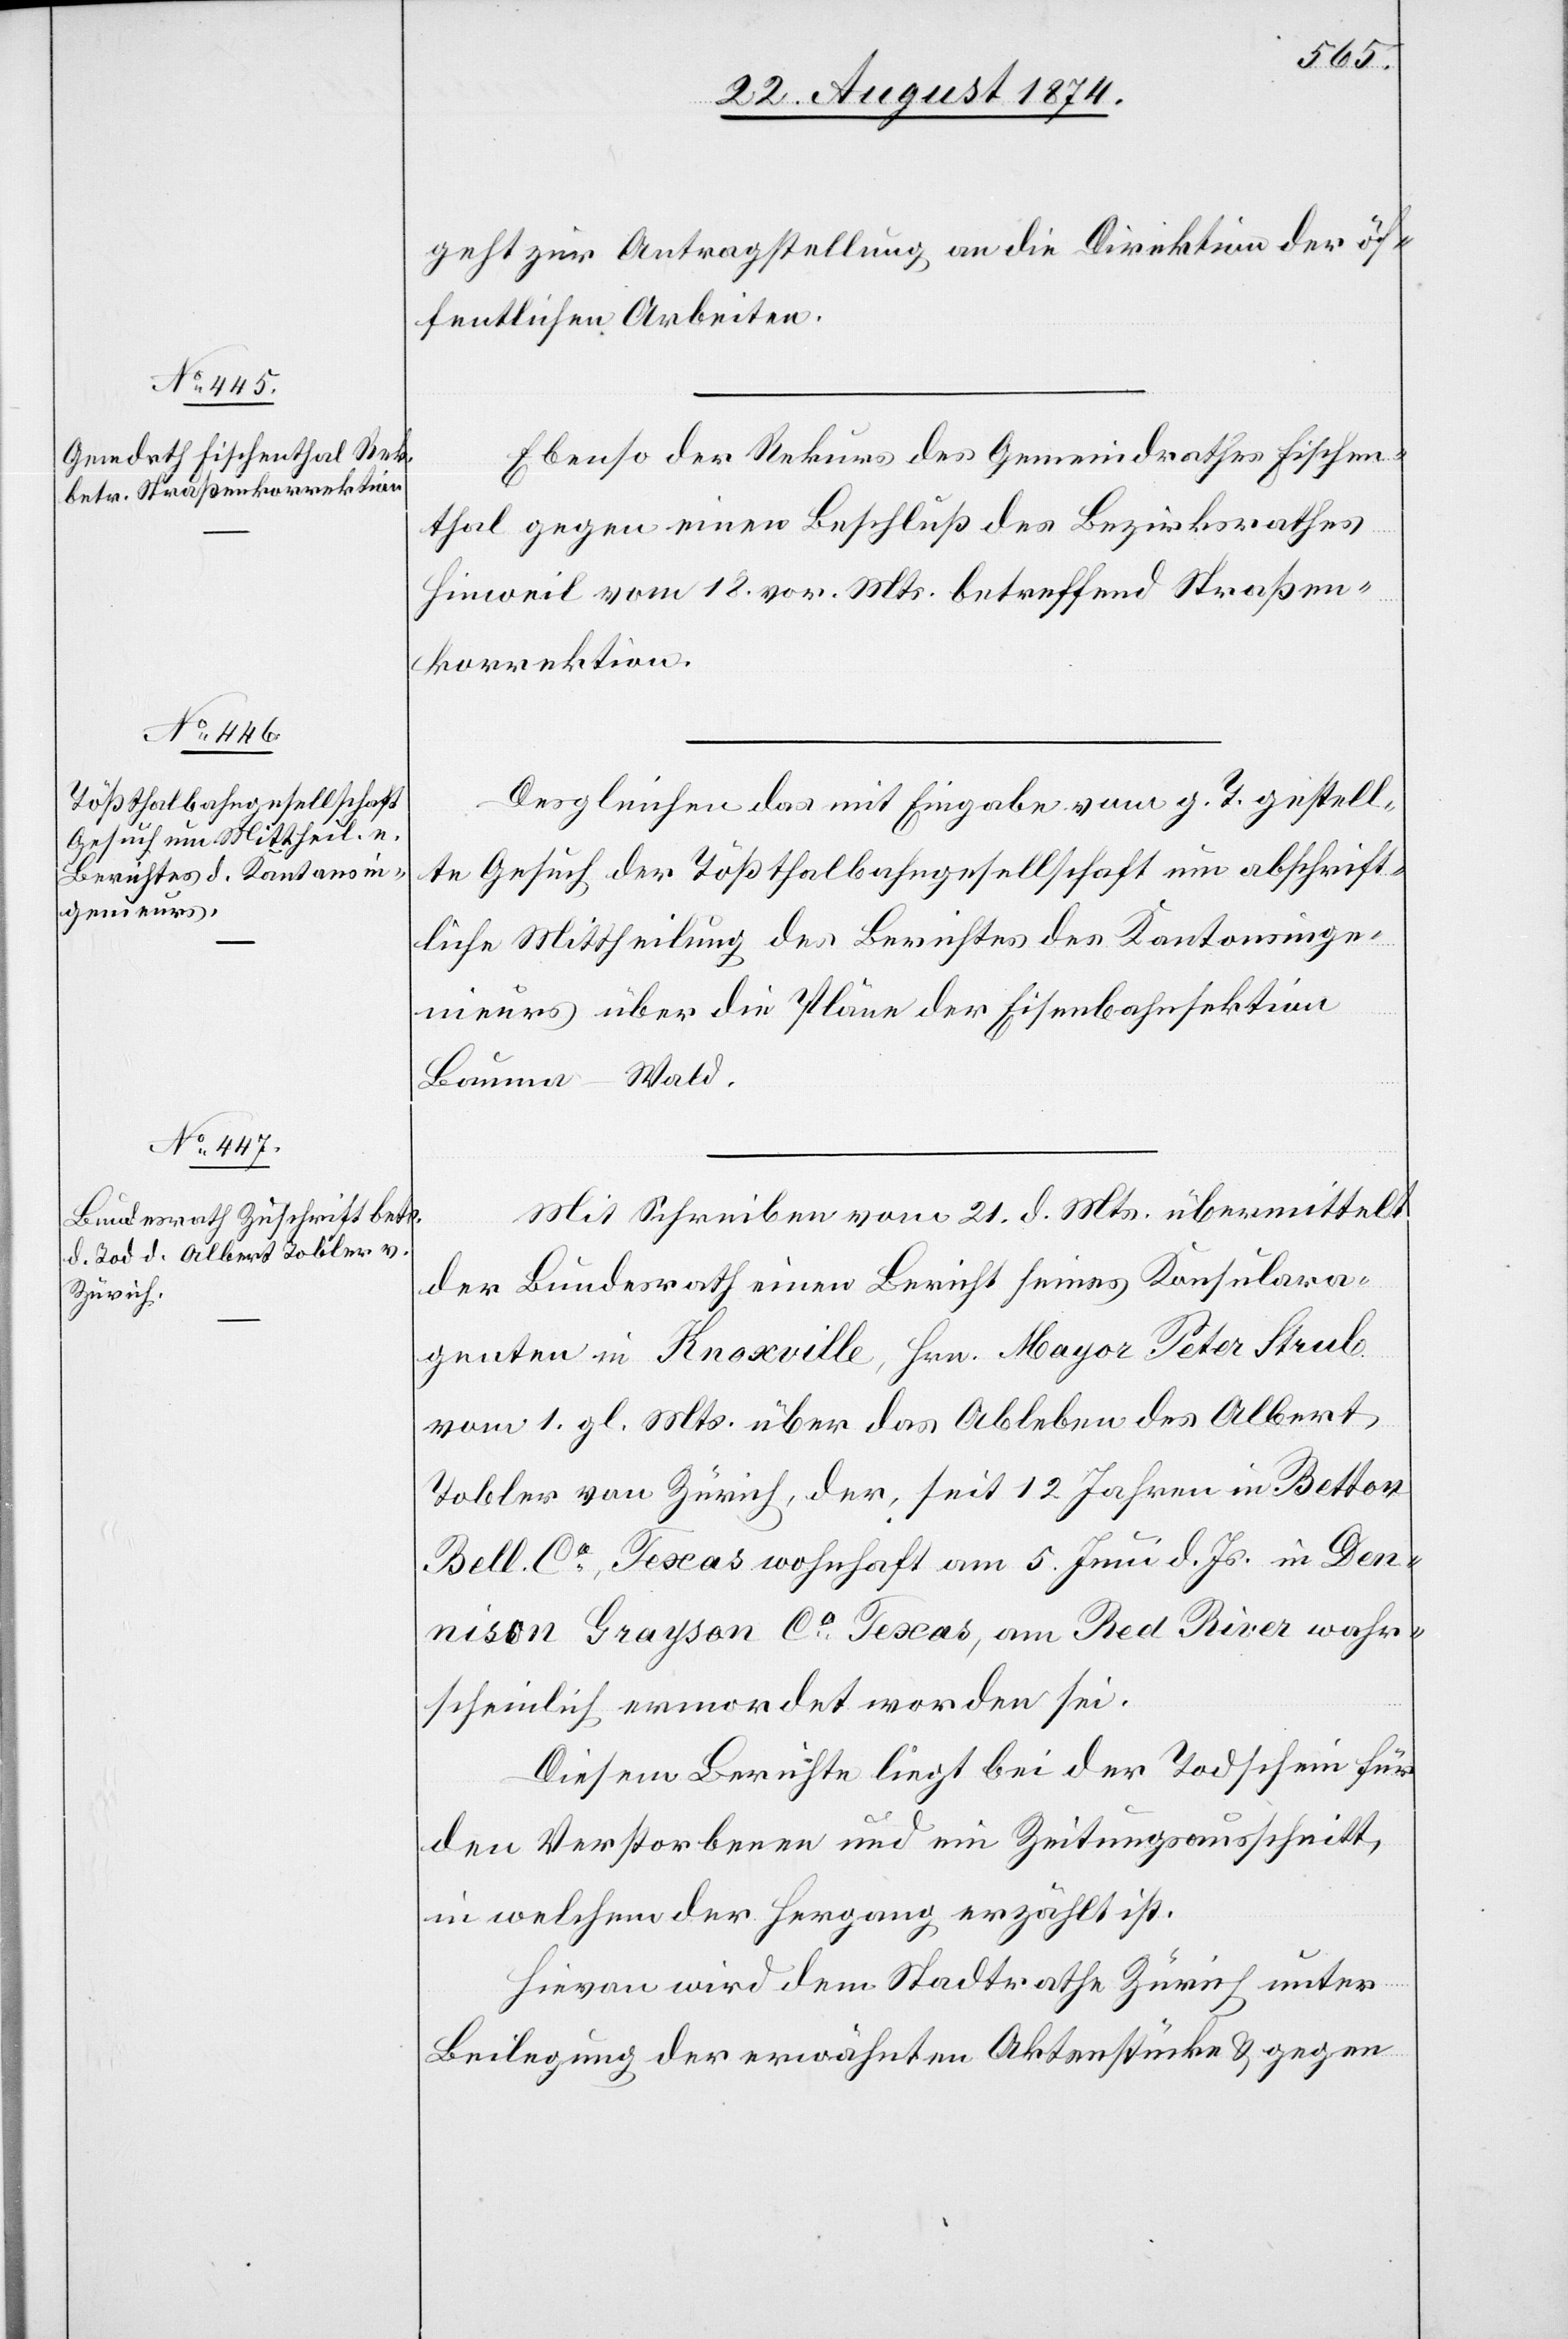
25. August 1874.]
geht zur Antragstellung an die Direktion der öf¬
fentlichen Arbeiten.
Ebenso der Rekurs des Gemeindrathes Fischen¬
thal gegen einen Beschluß des Bezirksrathes
Hinweil vom 18. vor. Mts. betreffend Straßen¬
korrektion.
Desgleichen das mit Eingabe vom g. T. gestell¬
te Gesuch der Tößthalbahngesellschaft um abschrift¬
liche Mittheilung des Berichtes des Kantonsinge¬
nieurs über die Pläne der Eisenbahnsektion
Bauma–Wald.
Mit Schreiben vom 21. d. Mts. übermittelt
der Bundesrath einen Bericht seines Konsulara¬
genten in Knoxville, Hrn. Mayor Peter Strub
vom 1. gl. Mts. über das Ableben des Albert
Tobler von Zürich, der, seit 12 Jahren in Betton
Bell Co Texas wohnhaft am 5. Juni d. Js. in Den¬
nison Grayson Co Texas, am Red River wahr¬
scheinlich ermordet worden sei.
Diesem Berichte liegt bei der Todschein für
den Verstorbenen und ein Zeitungsausschnitt,
in welchem der Hergang erzählt ist.
Hievon wird dem Stadtrathe Zürich unter
Beilegung der erwähnten Aktenstücke u. gegen